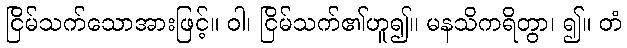
ငြိမ်သက်သောအားဖြင့်။ ဝါ၊ ငြိမ်သက်၏ဟူ၍။ မနသိကရိတွာ၊ ၍။ တံ